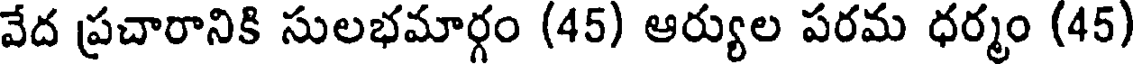
వేద ప్రచారానికి సులభమార్గం (45) ఆర్యుల పరమ ధర్మం (45)